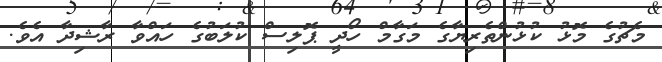
މެޗުގެ މޮޅު ކުޅުންތެރިޔާގެ މަގާމް ހޯދީ ޕޮލިސް ކުލަބުގެ ހައްވާ ރާޝިދާ އެވެ.